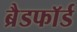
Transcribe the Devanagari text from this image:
ब्रैडफाॅर्ड